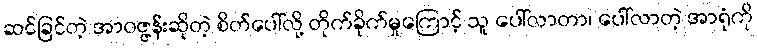
ဆင်ခြင်တဲ့ အာဝဇ္ဇန်းဆိုတဲ့ စိတ်ပေါ်လို့ တိုက်ခိုက်မှုကြောင့် သူ ပေါ်လာတာ၊ ပေါ်လာတဲ့ အာရုံကို